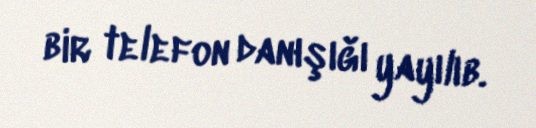
bir telefon danışığı yayılıb.